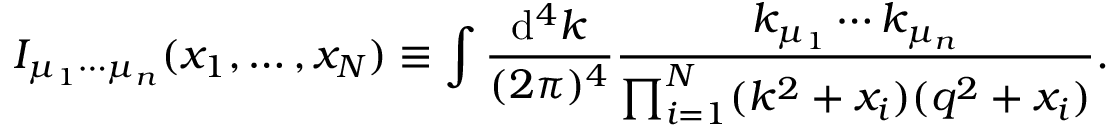
I _ { \mu _ { 1 } \cdots \mu _ { n } } ( x _ { 1 } , \ldots , x _ { N } ) \equiv \int \frac { \mathrm { d } ^ { 4 } k } { ( 2 \pi ) ^ { 4 } } \frac { k _ { \mu _ { 1 } } \cdots k _ { \mu _ { n } } } { \prod _ { i = 1 } ^ { N } ( k ^ { 2 } + x _ { i } ) ( q ^ { 2 } + x _ { i } ) } .